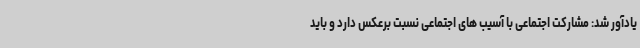
یادآور شد: مشارکت اجتماعی با آسیب های اجتماعی نسبت برعکس دارد و باید